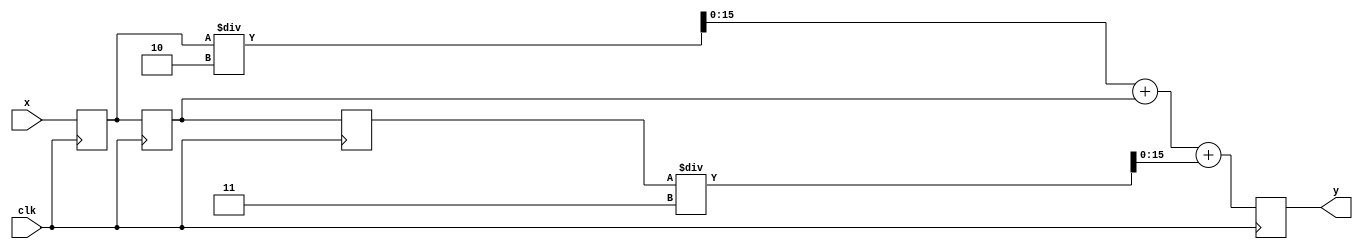
module dsp_fir (y,clk,x);
  input signed [0:15]x;  
  input clk;                               
  output reg signed [0:15]y;     
  reg [0:15]x0;
  reg [0:15]x1;
  reg [0:15]x2;
 always @ (negedge clk) 
 begin
   y <=  (x0)/2 + x1 + (x2)/3;  //y[n]
   x2 <= x1;                  //x[n-2]
   x1 <= x0;                    //x[n-1]
   x0 <= x;                    //x[n]
end

endmodule